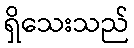
ရှိသေးသည်